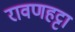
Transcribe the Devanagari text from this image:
रावणहट्टा